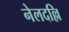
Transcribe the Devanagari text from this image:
नेलदल्लि